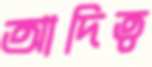
আদিত্ব